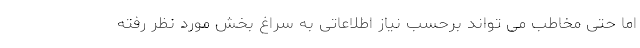
اما حتی مخاطب می تواند برحسب نیاز اطلاعاتی به سراغ بخش مورد نظر رفته